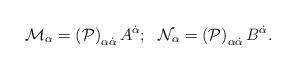
LaTeX: \begin{align*}{\cal M}_{\alpha}=\left({\cal P}\right)_{\alpha \dot{\alpha}} A^{\dot{\alpha}}; \, \, \, \,{\cal N}_{\alpha}=\left({\cal P}\right)_{\alpha \dot{\alpha}} B^{\dot{\alpha}}.\end{align*}